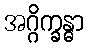
အဂ္ဂိက္ခန္ဓာ